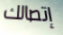
إتصالك